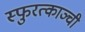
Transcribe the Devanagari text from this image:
स्फुरत्काञ्ची